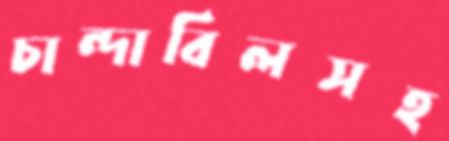
চান্দাবিলসহ